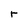
Character: r